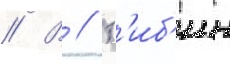
// В // Х'иб'ин